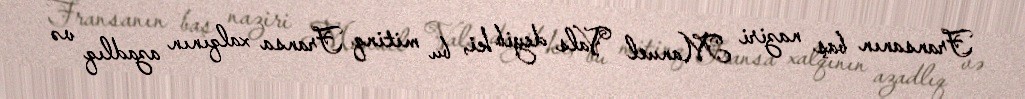
Fransanın baş naziri Manuel Vals deyib ki, bu mitinq Fransa xalqının azadlıq və